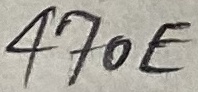
Text: 470E